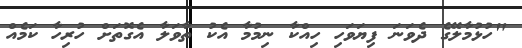
"ހުޅުމާލޭގެ ދެވަނަ ފިޔަވަހި ހިއްކާ ނިމުމާ އެކު ތާވަލާ އެގޮތަށް ހުރިހާ ކަމެއް